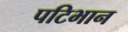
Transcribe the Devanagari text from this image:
पटिभान